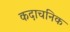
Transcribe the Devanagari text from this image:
कदाचनिक